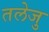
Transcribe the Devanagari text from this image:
तलेजु